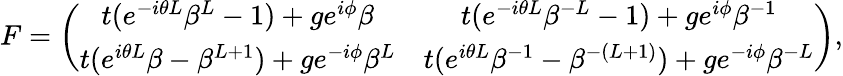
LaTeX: \begin{array}{r}{F=\left(\begin{array}{cc}{t(e^{-i\theta L}\beta^{L}-1)+ge^{i\phi}\beta}&{t(e^{-i\theta L}\beta^{-L}-1)+ge^{i\phi}\beta^{-1}}\\ {t(e^{i\theta L}\beta-\beta^{L+1})+ge^{-i\phi}\beta^{L}}&{t(e^{i\theta L}\beta^{-1}-\beta^{-(L+1)})+ge^{-i\phi}\beta^{-L}}\end{array}\right),}\end{array}